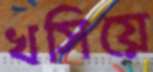
খসিয়ে